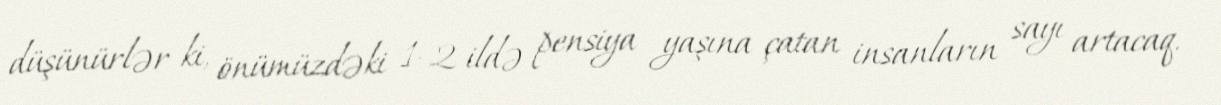
düşünürlər ki, önümüzdəki 1-2 ildə pensiya yaşına çatan insanların sayı artacaq.